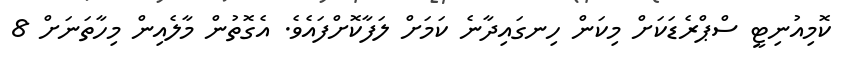
ކޮމިއުނިޓީ ސްޕްރެޑަކަށް މިކަން ހިނގައިދާނެ ކަމަށް ލަފާކޮށްފައެވެ. އެގޮތުން މާލެއިން މިހާތަނަށް 8